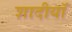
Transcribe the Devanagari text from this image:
शादीयाॅं